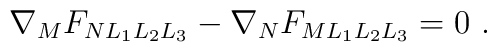
\nabla_M F_{NL_1L_2L_3}- \nabla_NF_{ML_1L_2L_3}=0~.